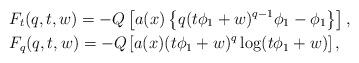
LaTeX: \begin{align*}& F_{t}(q,t,w)=-Q\left[ a(x)\left\{ q(t\phi_{1}+w)^{q-1}\phi_{1}-\phi_{1}\right\} \right] ,\\& F_{q}(q,t,w)=-Q\left[ a(x)(t\phi_{1}+w)^{q}\log(t\phi_{1}+w)\right] ,\end{align*}